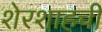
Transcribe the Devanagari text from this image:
शेरशाहची